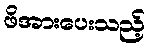
ဖိအားပေးသည့်